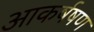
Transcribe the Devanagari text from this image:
आकर्षषण